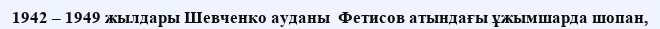
1942 – 1949 жылдары Шевченко ауданы  Фетисов атындағы ұжымшарда шопан,